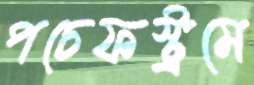
পচেফস্ট্রমে